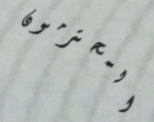
المحترمون